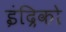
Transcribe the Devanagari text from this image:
इंद्रिको